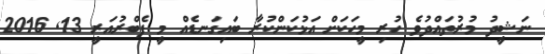
ނަޝީދު މުރުތައްދުވެ ހުރި މީހަކަށް އަޅުކަންކުރާ ބައިގަނޑެއް މީ ފެބްރުއަރީ 13